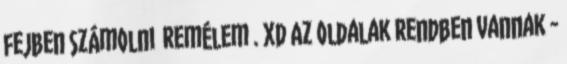
fejben számolni remélem . xD Az oldalak rendben vannak -